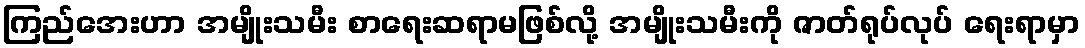
ကြည်အေးဟာ အမျိုးသမီး စာရေးဆရာမဖြစ်လို့ အမျိုးသမီးကို ဇာတ်ရုပ်လုပ် ရေးရာမှာ